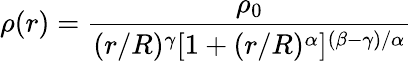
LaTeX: \rho(r)=\frac{\rho_{0}}{(r/R)^{\gamma}[1+(r/R)^{\alpha}]^{(\beta-\gamma)/\alpha}}